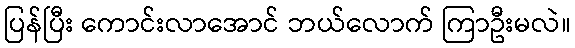
ပြန်ပြီး ကောင်းလာအောင် ဘယ်လောက် ကြာဦးမလဲ။